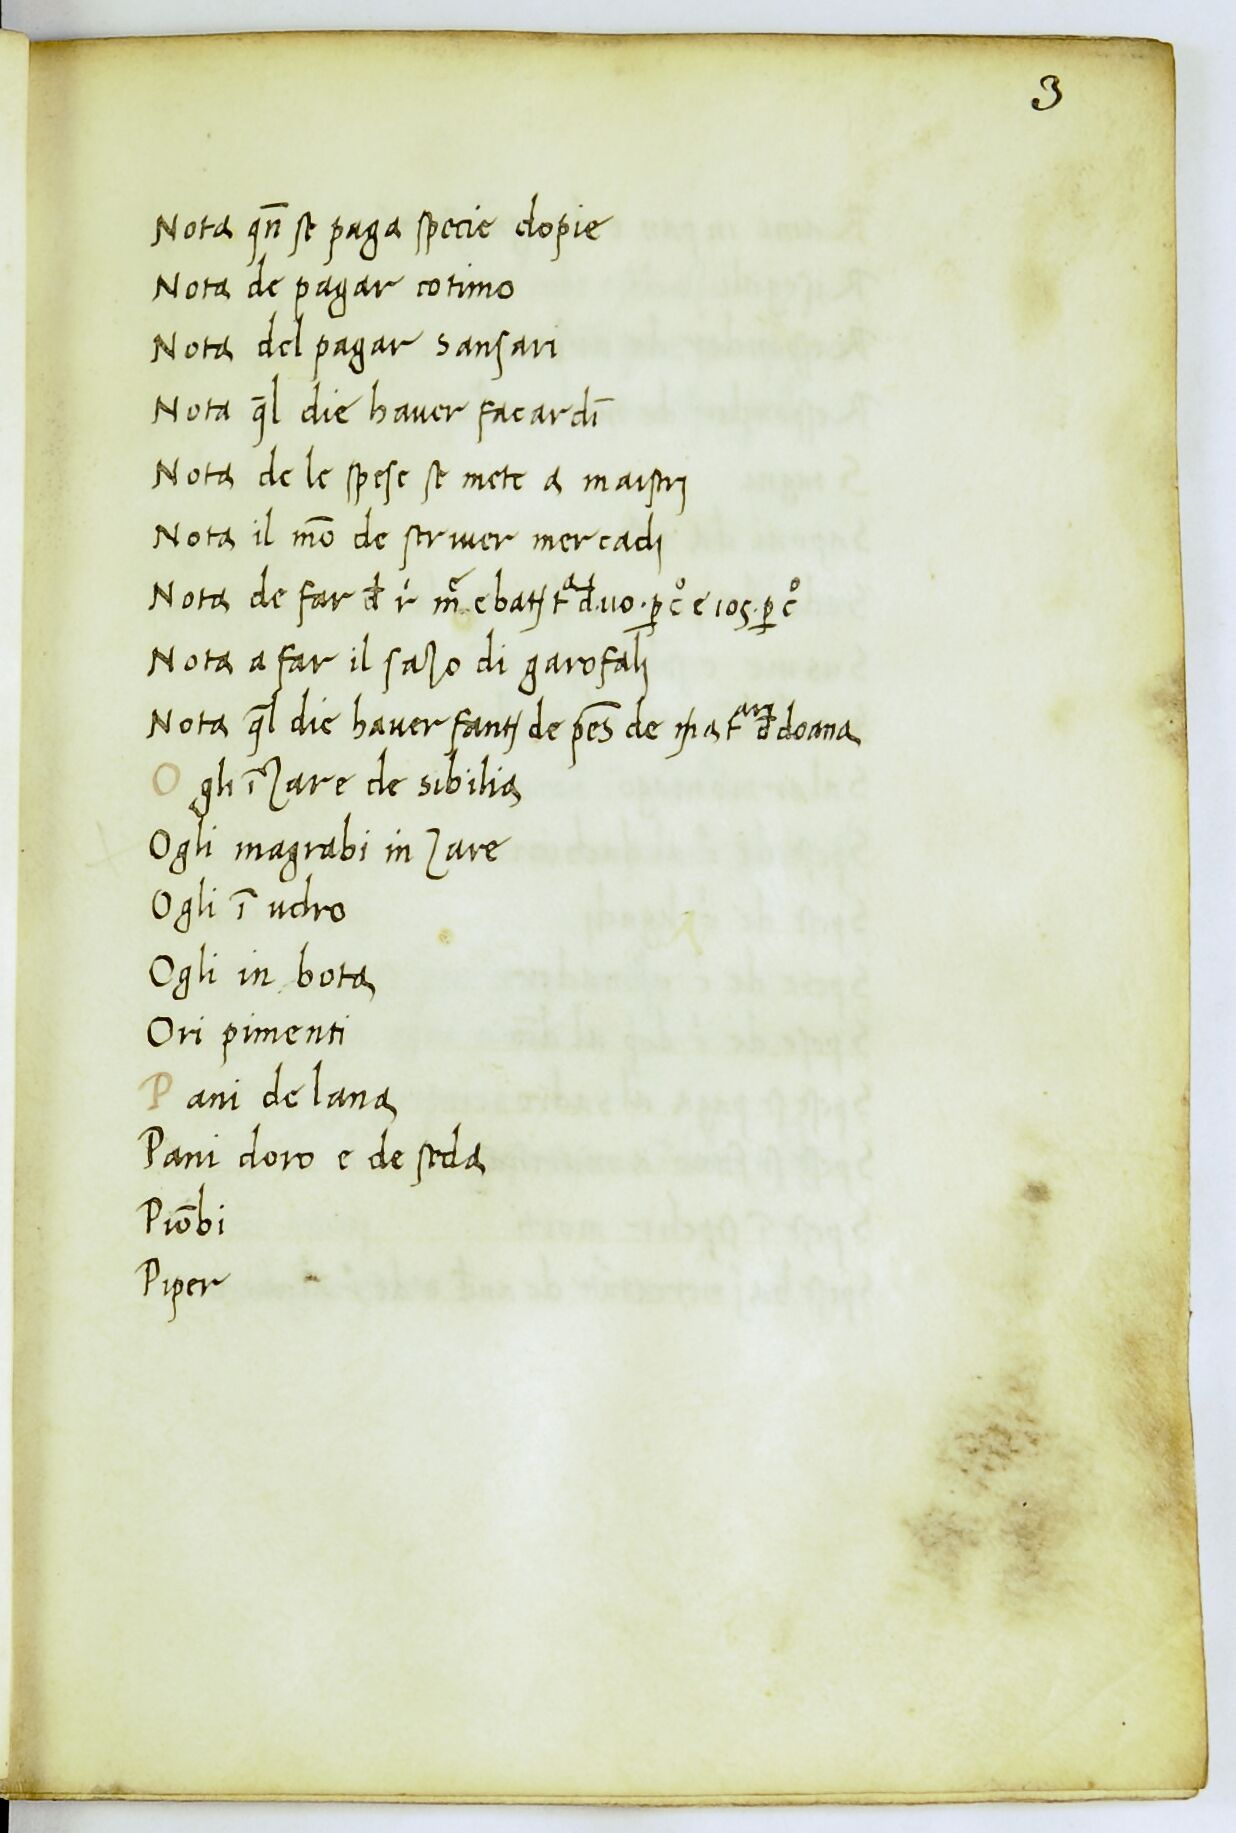
Shelfmark: Paris, BnF, ita. 912
Century: 14